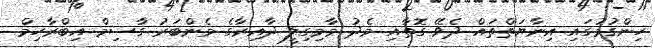
ހިންގުމުގައި އިނާޔަތްތައް ދެވޭ ގޮތާއި މެދު މާމިގިލީ ދާއިރާގެ މެންބަރު ގާސިމް އިބްރާހިމް